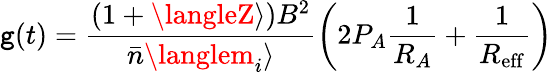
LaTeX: \mathtt{g}(t)=\frac{{(1+\langleZ\rangle)B^{2}}}{{\bar{{n}}\langlem_{i}\rangle}}\left(2P_{A}\frac{{1}}{{R_{A}}}+\frac{{1}}{{R_{\mathrm{{eff}}}}}\right)